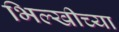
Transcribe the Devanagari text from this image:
भिल्खीच्या